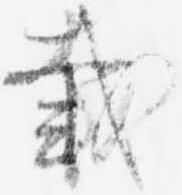
載